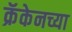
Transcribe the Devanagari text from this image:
क्रॅकेनच्या